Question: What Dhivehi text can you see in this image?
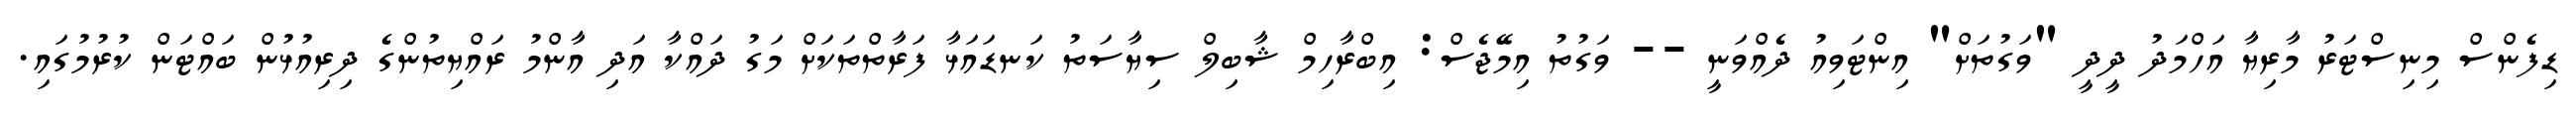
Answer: ޑިފެންސް މިނިސްޓަރު މާރިޔާ އަހްމަދު ދީދީ "ވަގުތަށް" އިންޓަވިއު ދެއްވަނީ -- ވަގުތު އިމޭޖެސް: އިބްރާހިމް ޝާބިލް ސިޔާސަތު ކަނޑައަޅާ ފަރާތްތަކަށް މަގު ދައްކާ އަދި އާންމު ރައްޔިތުންގެ ދިރިއުޅުން ބައްޓަން ކުރުމުގައި.